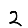
Digit: 2